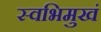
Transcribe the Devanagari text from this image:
स्वभिमुखं